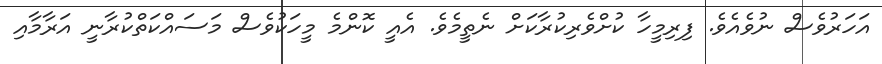
އަހަރުވެސް ނުވެއެވެ. ފިރިމީހާ ކުށްވެރިކުރާކަށް ނެތީމެވެ. އެއީ ކޮންމެ މީހަކުވެސް މަސައްކަތްކުރާނީ އަރާމާއި